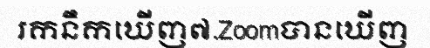
រកនឹកឃើញ៧.Zoomបានឃើញ